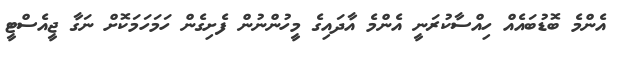
އެންމެ ބޮޑުބައެއް ހިއްސާކުރަނީ އެންމެ އާދައިގެ މީހުންނުން ފެށިގެން ހަމަހަމަކޮށް ނަގާ ޖީއެސްޓީ